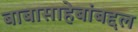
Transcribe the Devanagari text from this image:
बाबासाहेबांबद्दल